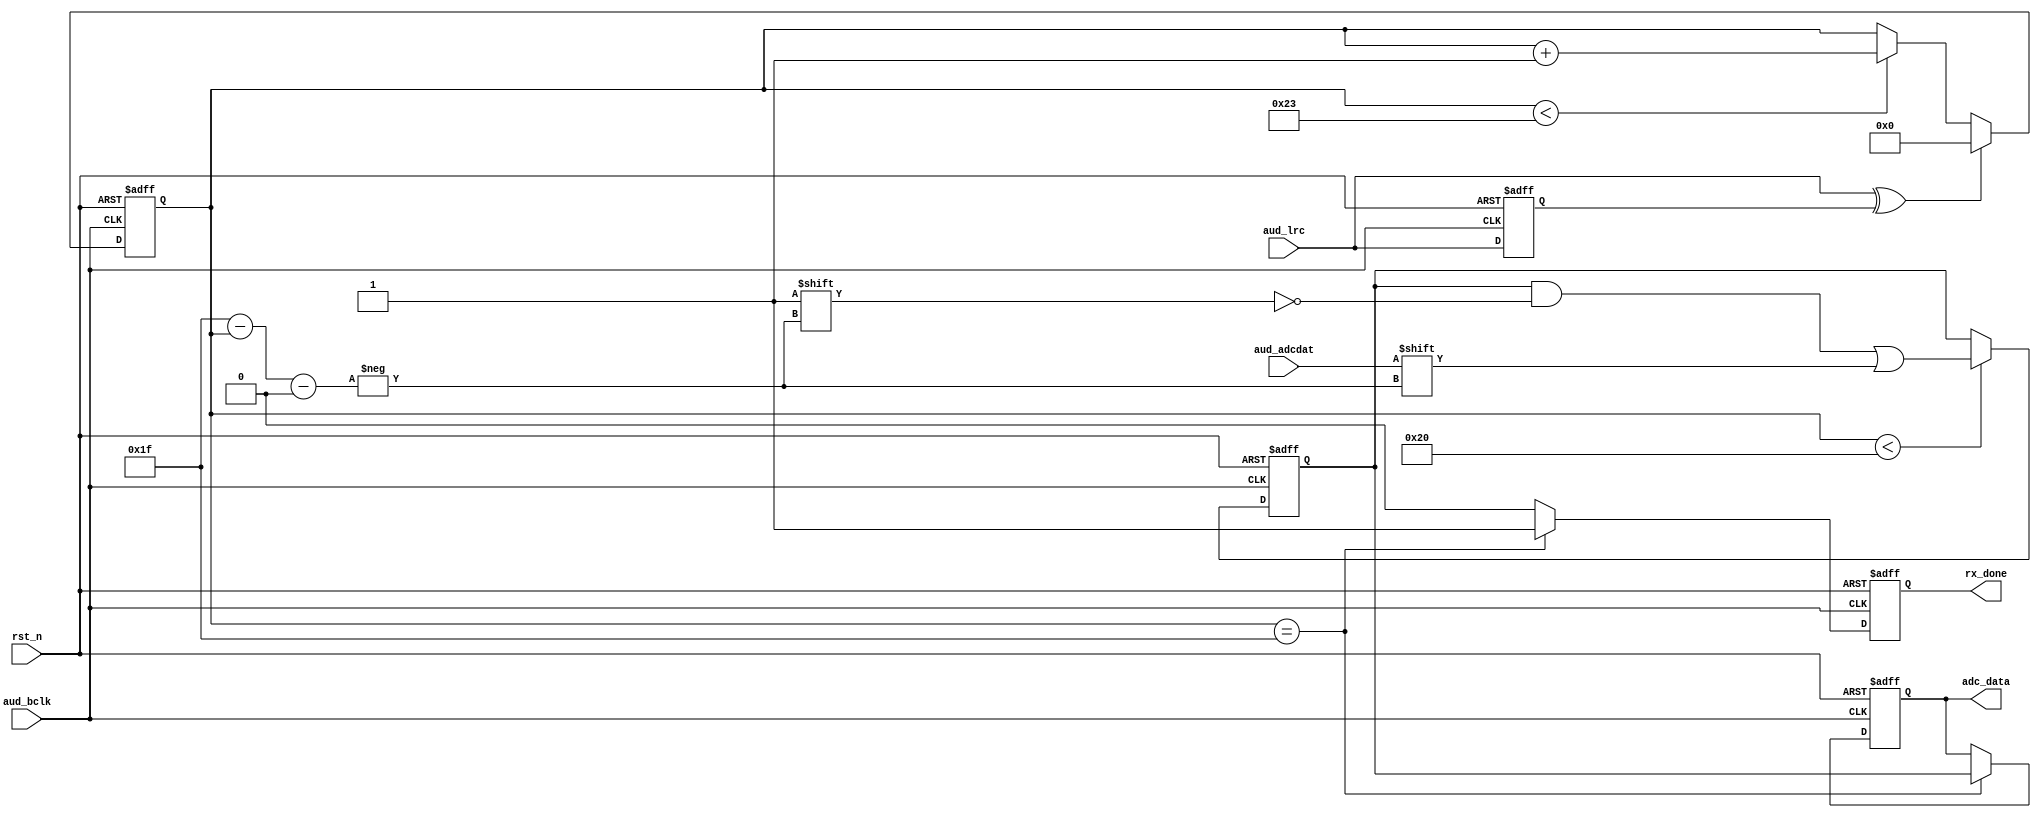
module audio_receive #(
    parameter WL = 6'd32
) (
    input             rst_n,
    input             aud_bclk,
    input             aud_lrc,
    input             aud_adcdat,
    output reg        rx_done,
    output reg [31:0] adc_data
);

  reg         aud_lrc_d0;
  reg  [ 5:0] rx_cnt;
  reg  [31:0] adc_data_t;
  wire        lrc_edge;

  assign lrc_edge = aud_lrc ^ aud_lrc_d0;

  always @(posedge aud_bclk or negedge rst_n) begin
    if (!rst_n) aud_lrc_d0 <= 1'b0;
    else aud_lrc_d0 <= aud_lrc;
  end


  always @(posedge aud_bclk or negedge rst_n) begin
    if (!rst_n) begin
      rx_cnt <= 6'd0;
    end else if (lrc_edge == 1'b1) rx_cnt <= 6'd0;
    else if (rx_cnt < 6'd35) rx_cnt <= rx_cnt + 1'b1;
  end

  always @(posedge aud_bclk or negedge rst_n) begin
    if (!rst_n) begin
      adc_data_t <= 32'b0;
    end else if (rx_cnt < WL) adc_data_t[WL-1'd1-rx_cnt] <= aud_adcdat;
  end


  always @(posedge aud_bclk or negedge rst_n) begin
    if (!rst_n) begin
      rx_done  <= 1'b0;
      adc_data <= 32'b0;
    end else if (rx_cnt == 6'd31) begin
      rx_done  <= 1'b1;
      adc_data <= adc_data_t;
    end else rx_done <= 1'b0;
  end

endmodule